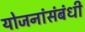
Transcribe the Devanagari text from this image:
योजनांसंबंधी